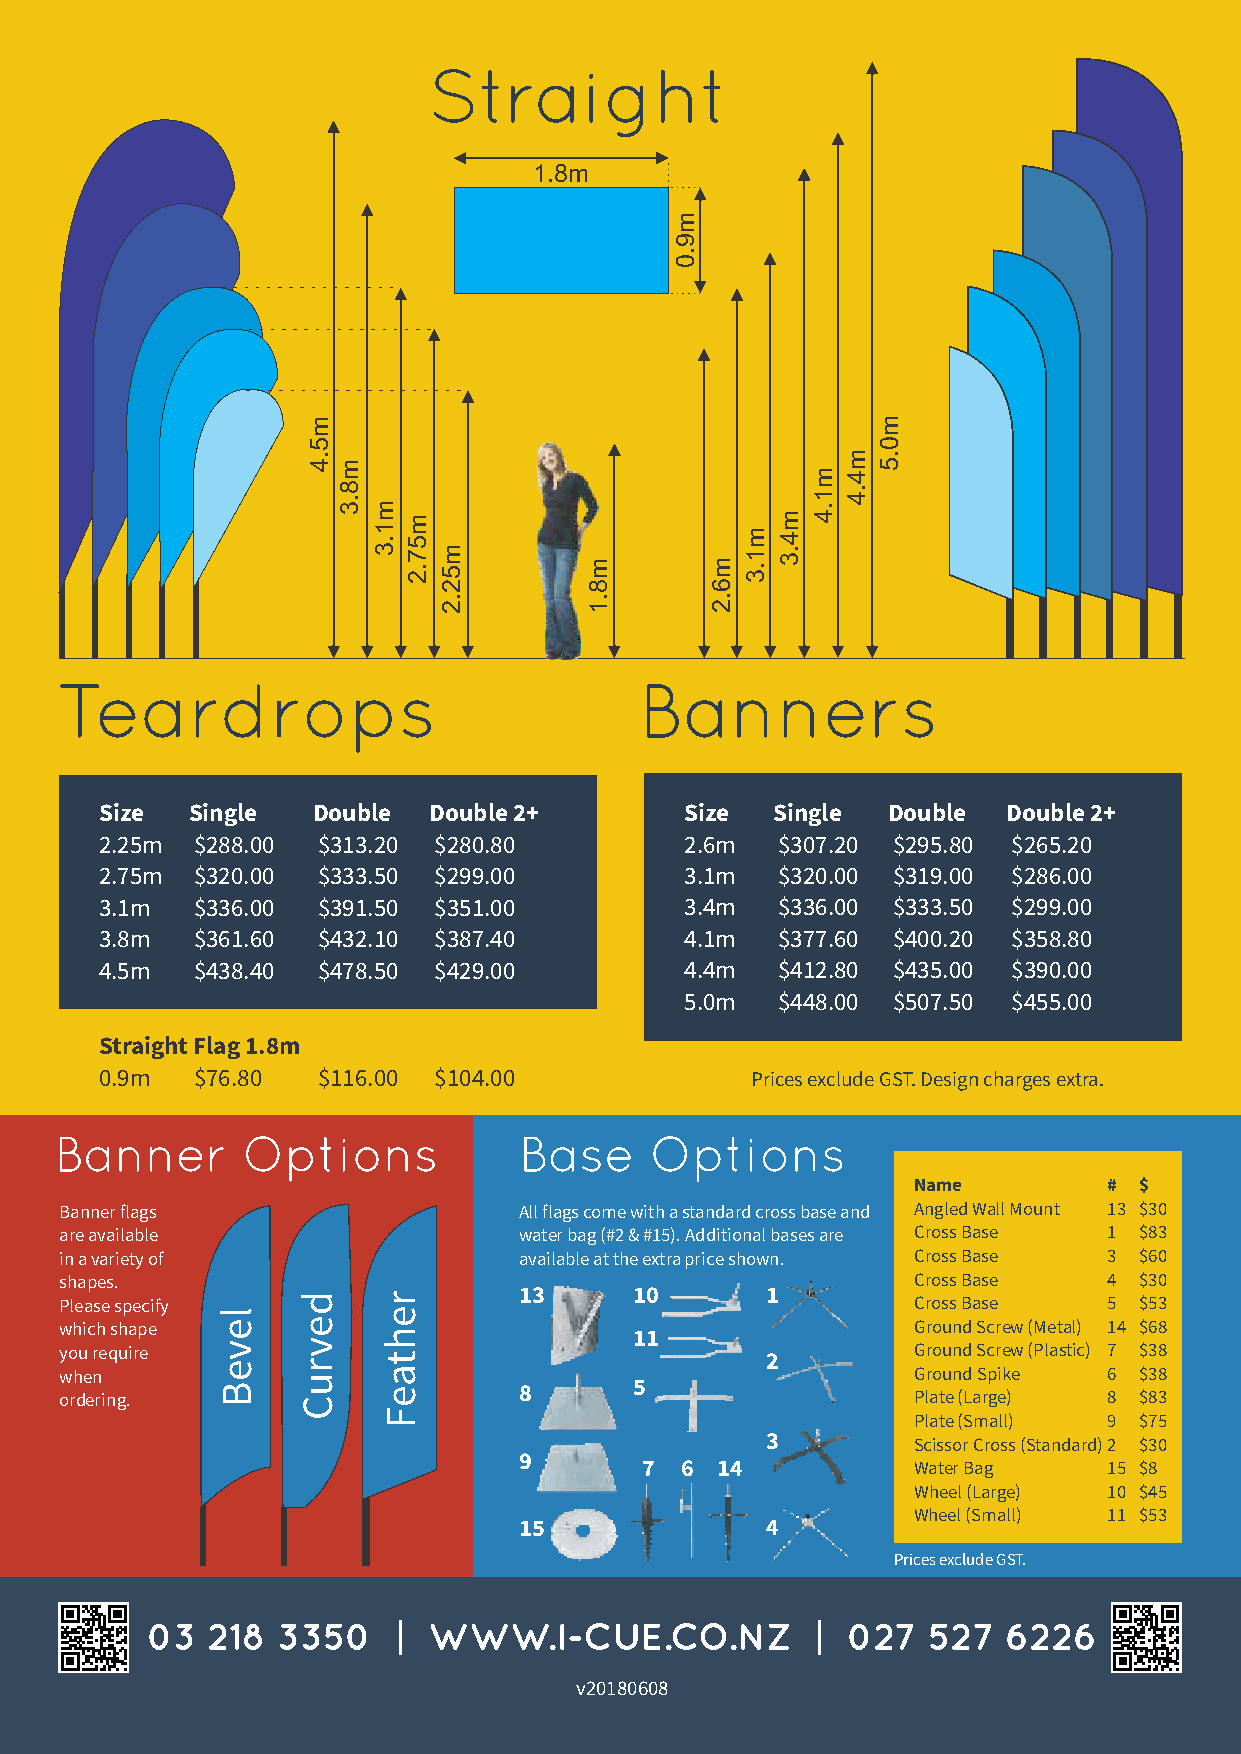
Straight
 1.8m
 Teardrops                             Banners
 Size Single   Double Double 2+        Size  Single  Double  Double 2+
 2.25m $288.00 $313.20 $280.80         2.6m  $307.20 $295.80 $265.20
 2.75m $320.00 $333.50 $299.00         3.1m  $320.00 $319.00 $286.00
 3.1m  $336.00 $391.50 $351.00         3.4m  $336.00 $333.50 $299.00
 3.8m  $361.60 $432.10 $387.40         4.1m  $377.60 $400.20 $358.80
 4.5m  $438.40 $478.50 $429.00         4.4m  $412.80 $435.00 $390.00
 5.0m  $448.00 $507.50 $455.00
 Straight Flag 1.8m
 0.9m  $76.80  $116.00 $104.00              Prices exclude GST. Design charges extra.
 Banner      Options           Base     Options
 Name         # $
 Banner flags                  All flags come with a standard cross base and Angled Wall Mount 13 $30
 are available                 water bag (#2 & #15). Additional bases are Cross Base 1 $83
 in a variety of               available at the extra price shown. Cross Base 3 $60
 shapes.                                                 Cross Base   4 $30
 13      10       1 Please specify Cross Base 5 $53
 which shape                           11                Ground Screw (Metal) 14 $68
 you require                                    2        Ground Screw (Plastic) 7 $38
 when                                                    Ground Spike 6 $38
 8       5
 ordering.                                               Plate (Large) 8 $83
 Plate (Small) 9 $75
 3        Scissor Cross (Standard) 2 $30
 9
 7  6 14           Water Bag    15 $8
 Wheel (Large) 10 $45
 Wheel (Small) 11 $53
 15               4
 Prices exclude GST.
 03  218 3350    | WWW.I-CUE.CO.NZ           | 027  527  6226
 v20180608
 leveB
 devruC
 m5.4
 m8.3
 m1.3
 rehtaeF
 m57.2
 m52.2
 m8.1
 m9.0
 m6.2
 m1.3
 m4.3
 m1.4
 m4.4
 m0.5